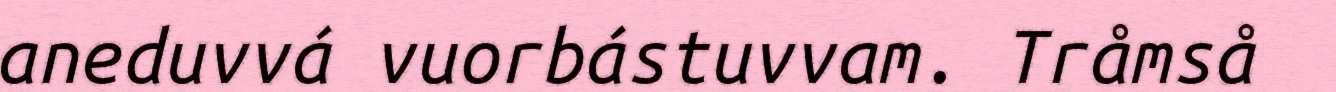
aneduvvá vuorbástuvvam. Tråmså